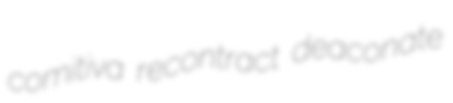
comitiva recontract deaconate